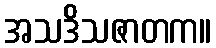
အသဒိသဇာတက။